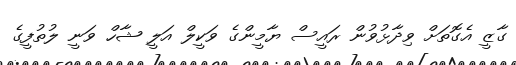
ގާޒީ އެގޮތަށް ވިދާޅުވުން ރައީސް ޔާމީންގެ ވަކީލް އަލީ ޝާހް ވަނީ ލުތުފީގެ